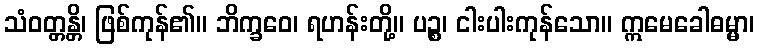
သံဝတ္တန္တိ၊ ဖြစ်ကုန်၏။ ဘိက္ခဝေ၊ ရဟန်းတို့။ ပဉ္စ၊ ငါးပါးကုန်သော။ ဣမေခေါဓမ္မာ၊